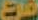
فرع